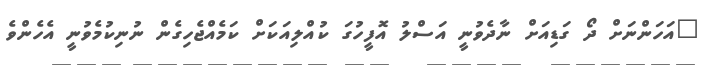
"އަހަންނަށް ދޯ ގަޑިއަށް ނާދެވުނީ އަސްލު އޮފީހުގަ ކުއްލިއަކަށް ކަމެއްޖެހިގެން ނުނިކުމެވުނީ އެހެންވެ